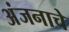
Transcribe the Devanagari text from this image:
अंजनाचे